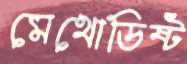
মেথোডিষ্ট